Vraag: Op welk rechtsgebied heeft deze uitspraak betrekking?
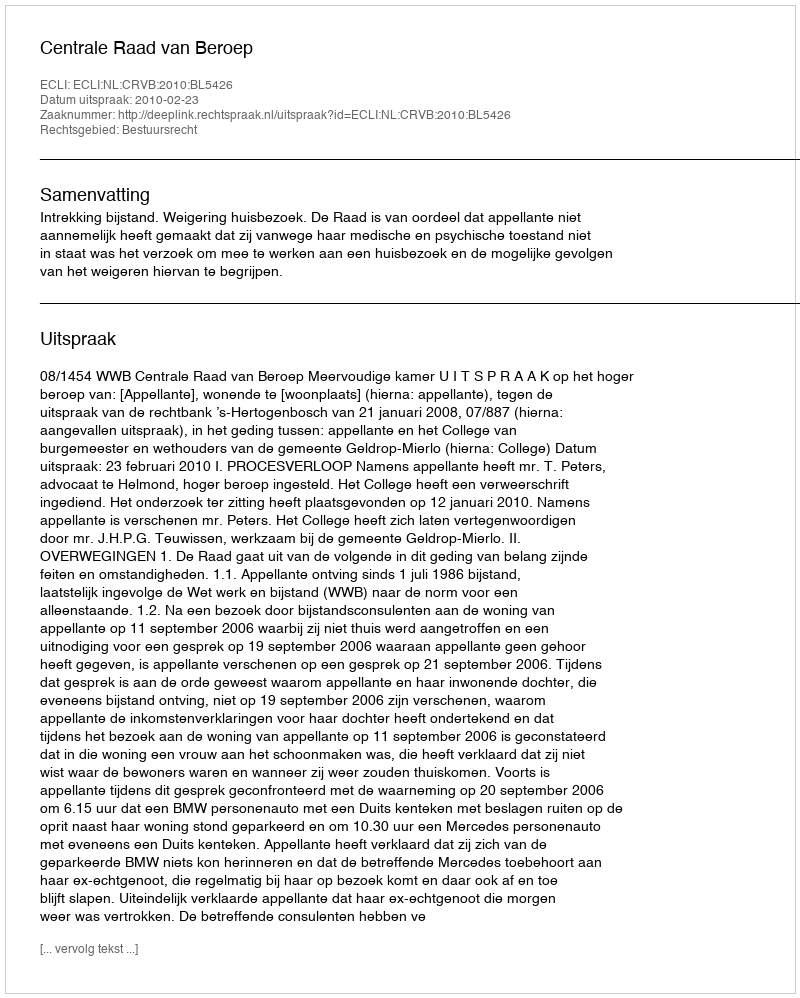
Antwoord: Bestuursrecht